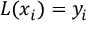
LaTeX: L ( x _ { i } ) = y _ { i }